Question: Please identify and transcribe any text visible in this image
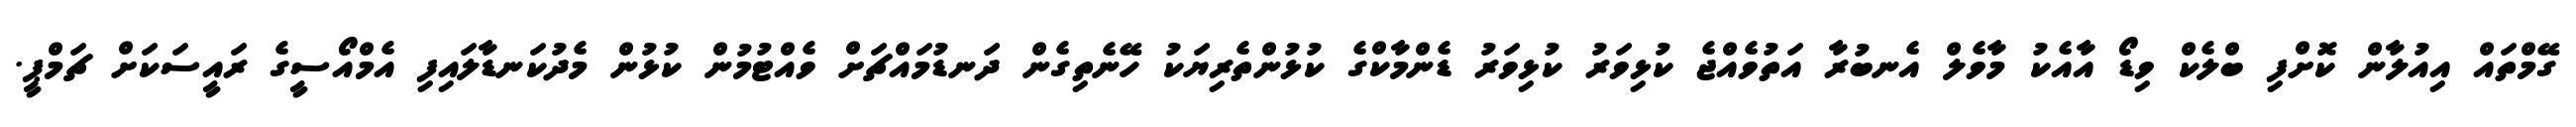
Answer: ގޭމްތައް އިއުލާން ކޮށްފި ބްލެކް ވިޑޯ އާއެކު މާވެލް އެނބުރާ އަތުވެއްޖެ ކުޅިވަރު ކުޅިވަރު ޑެންމާކްގެ ކުޅުންތެރިޔަކު ހޭނެތިގެން ދަނޑުމައްޗަށް ވެއްޓުމުން ކުޅުން މެދުކަނޑާލައިފި އެމްއޯސީގެ ރައީސަކަށް ޗަމްޕީ.